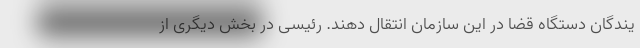
یندگان دستگاه قضا در این سازمان انتقال دهند. رئیسی در بخش دیگری از